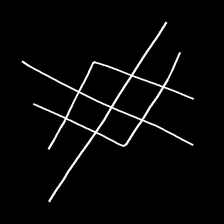
Glyph: crystal